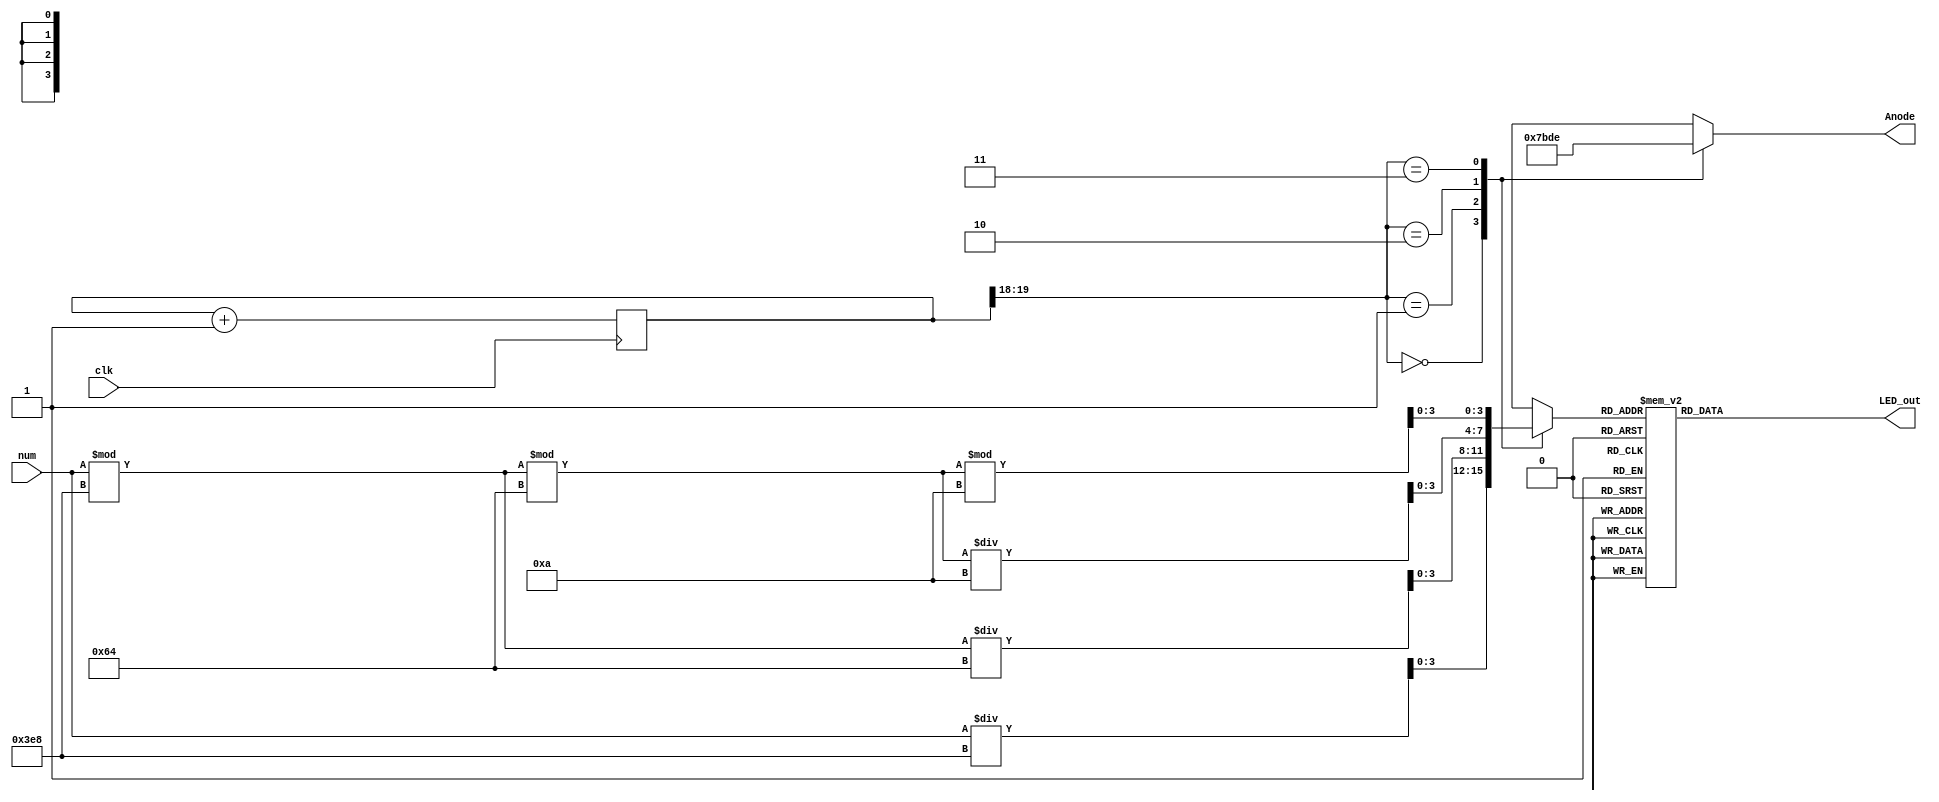
/*******************************************************************
*
* Module: bcd.v
* Project: Single Cycle RISC-V Processor
* Description: BCD for the FPGA board.
*
**********************************************************************/
`timescale 1ns / 1ps


module bcd (
 input clk,
 input [12:0] num,
 output reg [3:0] Anode,
 output reg [6:0] LED_out
 );

 reg [3:0] LED_BCD;
 reg [19:0] refresh_counter = 0; // 20-bit counter
 wire [1:0] LED_activating_counter;
 always @(posedge clk)
 begin
 refresh_counter <= refresh_counter + 1;
 end

 assign LED_activating_counter = refresh_counter[19:18];

 always @(*)
 begin
 case(LED_activating_counter)
 2'b00: begin
 Anode = 4'b0111;
 LED_BCD = num/1000;
 end
 2'b01: begin
 Anode = 4'b1011;
 LED_BCD = (num % 1000)/100;
 end
 2'b10: begin
 Anode = 4'b1101;
 LED_BCD = ((num % 1000)%100)/10;
 end
 2'b11: begin
 Anode = 4'b1110;
 LED_BCD = ((num % 1000)%100)%10;
 end
 endcase
 end
 always @(*)
 begin
 case(LED_BCD)
 4'b0000: LED_out = 7'b0000001; // "0"
 4'b0001: LED_out = 7'b1001111; // "1"
 4'b0010: LED_out = 7'b0010010; // "2"
 4'b0011: LED_out = 7'b0000110; // "3"
 4'b0100: LED_out = 7'b1001100; // "4"
 4'b0101: LED_out = 7'b0100100; // "5"
 4'b0110: LED_out = 7'b0100000; // "6"
 4'b0111: LED_out = 7'b0001111; // "7"
 4'b1000: LED_out = 7'b0000000; // "8"
 4'b1001: LED_out = 7'b0000100; // "9"
 default: LED_out = 7'b0000001; // "0"
 endcase
 end
endmodule